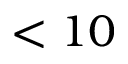
< 1 0